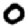
Digit: 0